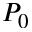
P _ { 0 }